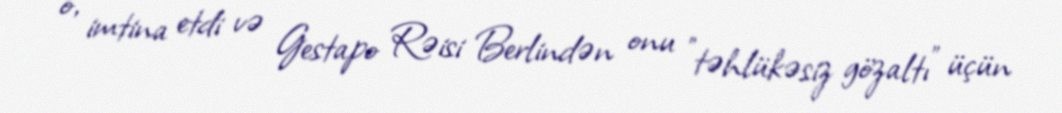
o, imtina etdi və Gestapo Rəisi Berlindən onu "təhlükəsiz gözaltı" üçün